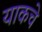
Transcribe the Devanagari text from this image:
याकचे